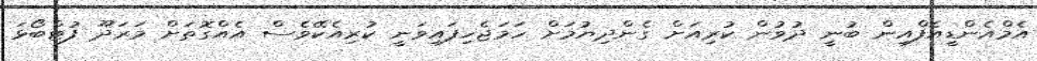
އެމްއެންޑީއެފްއިން ބުނީ ދުވުން ކުރިއަށް ގެންދިޔުމަށް ހަމަޖެހިފައިވަނީ ކުރިއެކޭވެސް އެއްގޮތަށް މަރަދޫ ފުޓްބޯޅަ